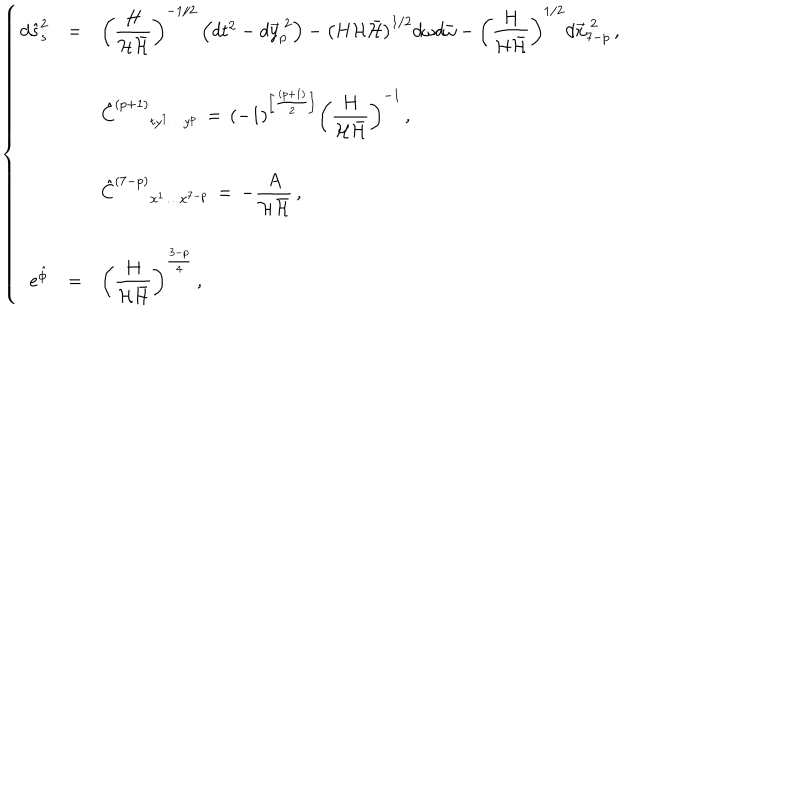
LaTeX: \left\{ \begin{array} { r c l } { { d \hat { s } _ { s } ^ { 2 } } } & { { = } } & { { \left( \displaystyle { \frac { H } { { \cal H } \bar { \cal H } } } \right) ^ { - 1 / 2 } \left( d t ^ { 2 } - d \vec { y } _ { p } ^ { \ 2 } \right) - \left( H { \cal H } \bar { \cal H } \right) ^ { 1 / 2 } d \omega d \bar { \omega } - \left( \displaystyle { \frac { H } { { \cal H } \bar { \cal H } } } \right) ^ { 1 / 2 } d \vec { x } _ { 7 - p } ^ { \ 2 } \, , } } \\ { { } } & { { } } & { { } } \\ { { } } & { { } } & { { \hspace { - 1 . 6 c m } \hat { C } ^ { ( p + 1 ) } { } _ { t y ^ { 1 } \cdots y ^ { p } } \, = \, ( - 1 ) ^ { \left[ \frac { ( p + 1 ) } { 2 } \right] } \left( \displaystyle { \frac { H } { { \cal H } \bar { \cal H } } } \right) ^ { - 1 } \, , } } \\ { { } } & { { } } & { { } } \\ { { } } & { { } } & { { \hspace { - 1 . 6 c m } \hat { C } ^ { ( 7 - p ) } { } _ { x ^ { 1 } \ldots x ^ { 7 - p } } \, = \, - \displaystyle { \frac { A } { { \cal H } \bar { { \cal H } } } } \, , } } \\ { { } } & { { } } & { { } } \\ { { e ^ { \hat { \phi } } } } & { { = } } & { { \left( \displaystyle { \frac { H } { { \cal H } \bar { \cal H } } } \right) ^ { \frac { 3 - p } { 4 } } \, , } } \\ \end{array} \right.